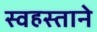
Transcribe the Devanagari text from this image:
स्वहस्ताने